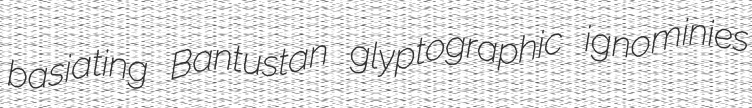
basiating Bantustan glyptographic ignominies